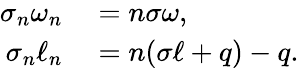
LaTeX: \begin{array}{rl}{\sigma_{n}\omega_{n}}&{{}=n\sigma\omega,}\\ {\sigma_{n}\ell_{n}}&{{}=n(\sigma\ell+q)-q.}\end{array}